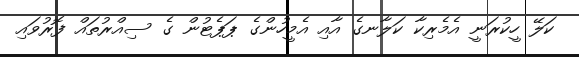
ކަލޭ ހީކުރަނީ އެމެރިކާ ކަލާނގެ އާއި އެމީހުންގެ ޕަޕެޓުން ގެ ސިއްރުތައް ފޮރުވައި